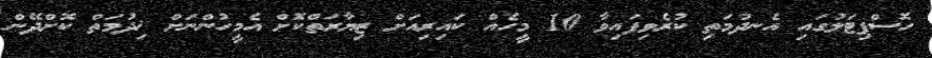
ހޮސްޕިޓަލުގައި އެނދުމަތި ކުރެވިފައިވާ 10 މީހެއް ކައިރިއަށް ޒިޔާރަތްކޮށް އެމީހުންނަށް ޚިދުމަތް ކޮށްދޭން